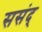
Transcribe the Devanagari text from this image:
ससंद्